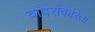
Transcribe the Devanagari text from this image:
वापरांकरिता